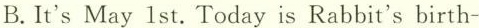
B. It's May 1 st. Today is Rabbit's birth-